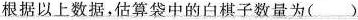
根据以上数据，估算袋中的白棋子数量为()